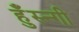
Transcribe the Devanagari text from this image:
हुँस्न्गी